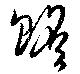
贍